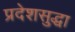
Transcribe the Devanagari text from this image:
प्रदेशसुद्धा